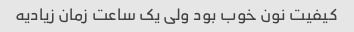
کیفیت نون خوب بود ولی یک ساعت زمان زیادیه